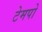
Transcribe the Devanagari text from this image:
टेमपो